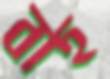
বাহ